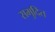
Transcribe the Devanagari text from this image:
समुदित